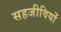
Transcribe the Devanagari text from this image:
सहजीवियों